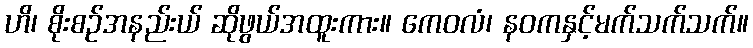
ဟိ၊ စိုးစဉ်အနည်းယ် ဆိုဖွယ်အထူးကား။ ကေဝလံ၊ နဝကနှင့်မက်သက်သက်။